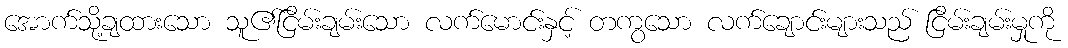
အောက်သို့ချထားသော သူ၏ငြိမ်းချမ်းသော လက်မောင်းနှင့် တကွသော လက်ချောင်းများသည် ငြိမ်းချမ်းမှုကို